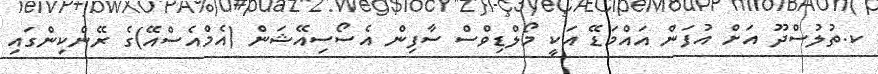
ކ.ތުލުސްދޫ އަށް އުފަން އައްމަޑޭ އަކީ މޯލްޑިވްސް ސާފިން އެސޯސިއޭޝަން (އެމްއެސްްއޭ)ގެ ރޭންކިންގައި